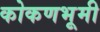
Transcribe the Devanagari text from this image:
कोकणभूमी